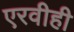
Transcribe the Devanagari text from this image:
एरवीही